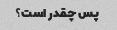
پس چقدر است؟